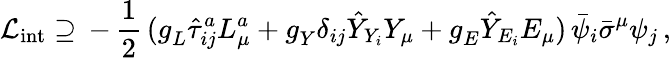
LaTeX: {\cal L}_{\mathrm{int}}\supseteq\, -\, \frac{1}{2}\, (g_{L}^{\mathrm{}}\hat{\tau}_{ij}^{a}L_{\mu}^{a}+g_{Y}^{\mathrm{}}\delta_{ij}\hat{Y}_{Y_{i}}Y_{\mu}+g_{E}^{\mathrm{}}\hat{Y}_{E_{i}}E_{\mu})\, \bar{\psi}_{i}\bar{\sigma}^{\mu}\psi_{j}\, ,